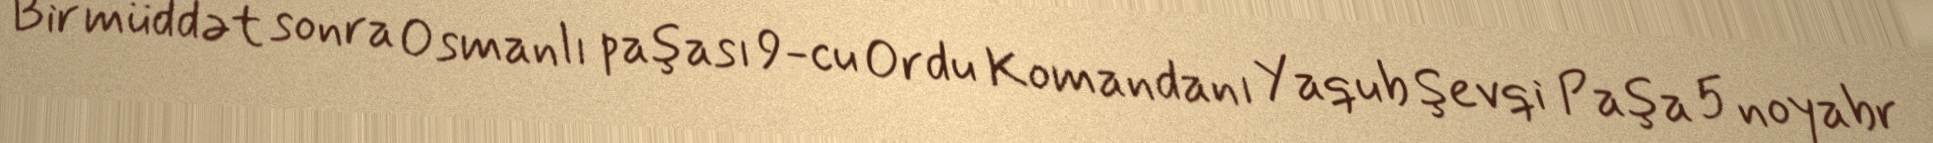
Bir müddət sonra Osmanlı paşası 9-cu Ordu Komandanı Yaqub Şevqi Paşa 5 noyabr